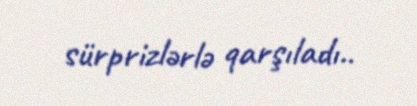
sürprizlərlə qarşıladı..